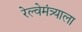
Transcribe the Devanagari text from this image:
रेल्वेमंत्र्याला